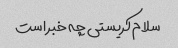
سلام کریستی چه خبر است